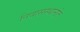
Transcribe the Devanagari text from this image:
निवासस्थानांत